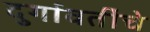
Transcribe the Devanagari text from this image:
दुर्गावतींचे